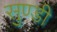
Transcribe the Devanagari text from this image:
सुण्डी